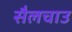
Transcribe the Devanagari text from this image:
सैलचाउ